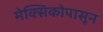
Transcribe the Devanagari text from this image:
मेक्सिकोपासून